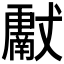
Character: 𱮪